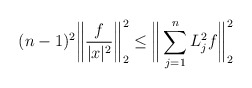
\begin{align*} (n-1)^2\bigg\| \frac{f}{|x|^2} \bigg\|_2^2 \leq \bigg\| \sum_{j=1}^n L_j^2 f \bigg\|_2^2\end{align*}